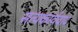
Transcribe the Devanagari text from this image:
सत्यकार्यवाद